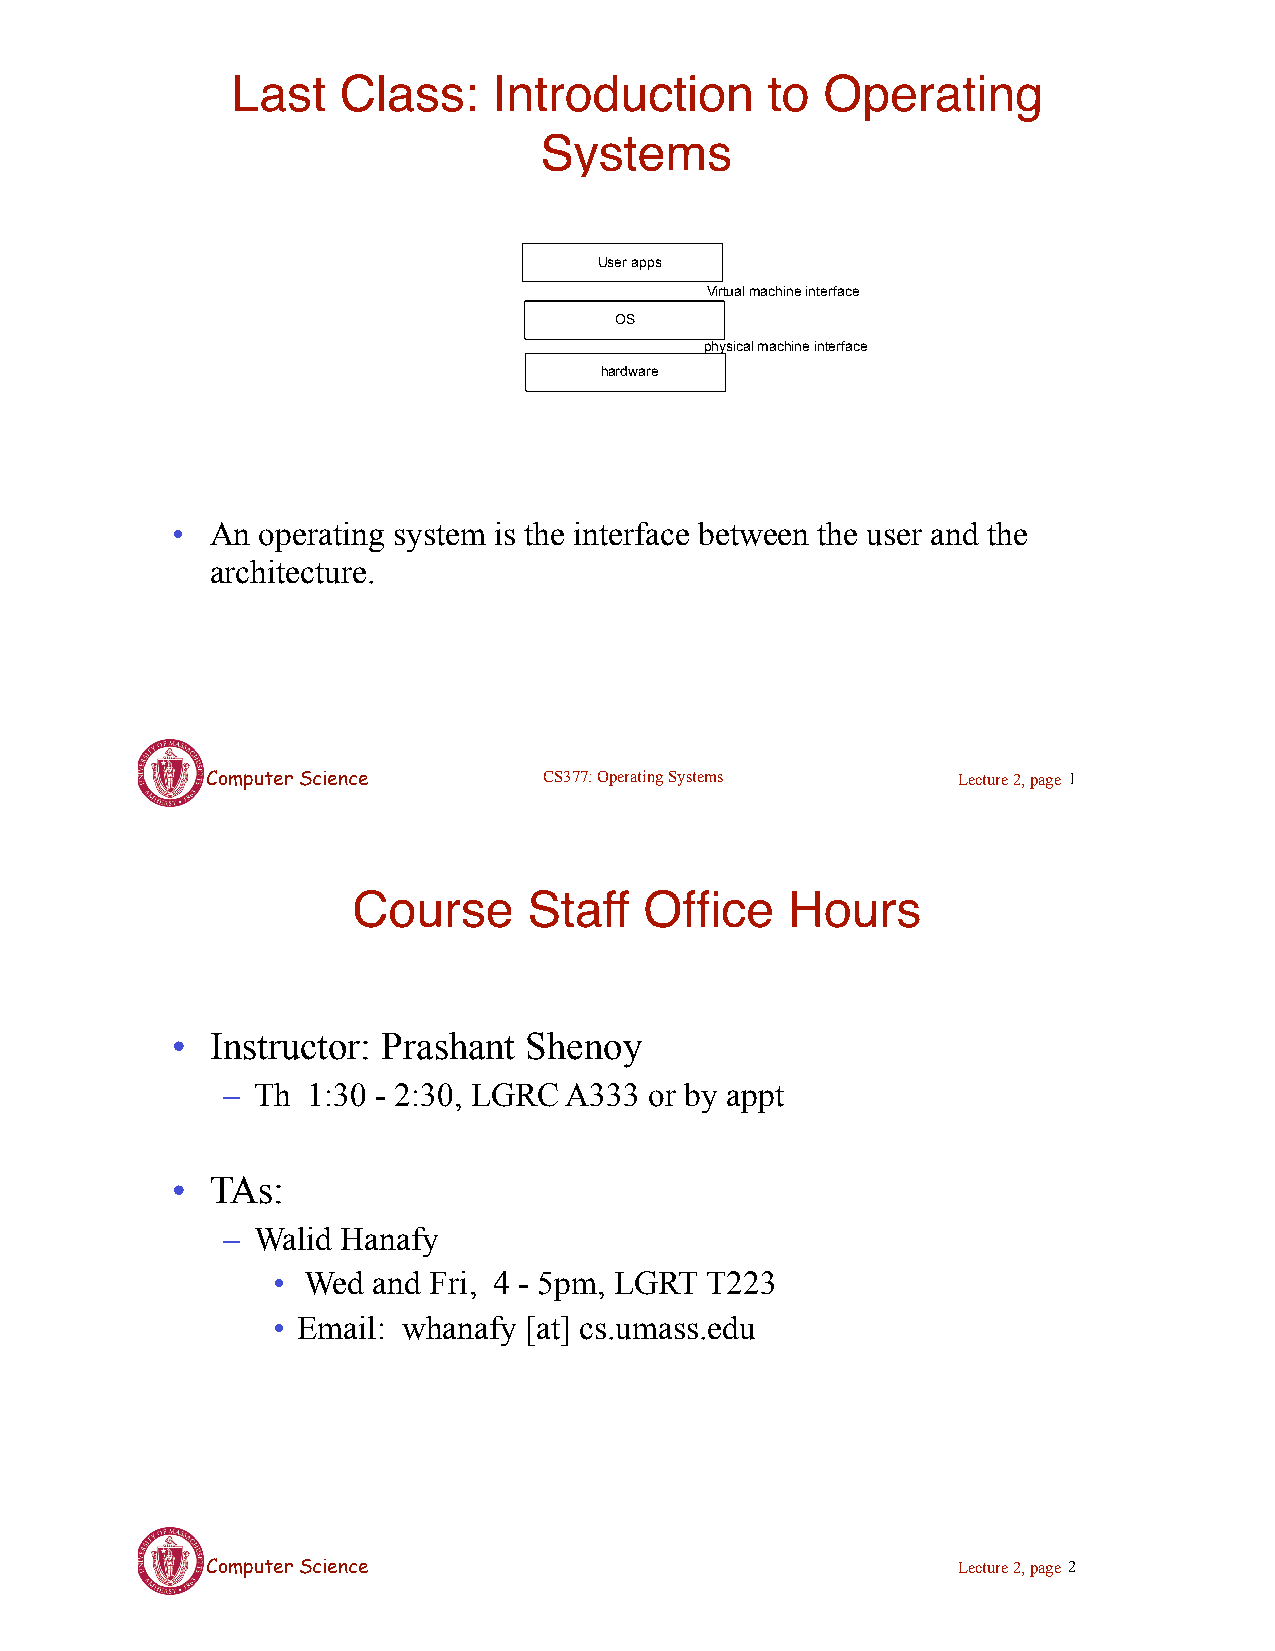
Last   Class:     Introduction      to  Operating
 Systems
 User apps
 Virtual machine interface
 OS
 physical machine interface
 hardware
 •  An operating system is the interface between the user and the
 architecture.
 CCoommppuutteerr SScciieennccee CS377: Operating Systems Lecture 2, page 1
 Course      Staff   Office   Hours
 •  Instructor: Prashant Shenoy
 – Th 1:30 - 2:30, LGRC A333 or by appt
 •  TAs:
 – Walid Hanafy
 • Wed  and Fri, 4 - 5pm, LGRT T223
 • Email: whanafy [at] cs.umass.edu
 CCoommppuutteerr SScciieennccee                  Lecture 2, page 2